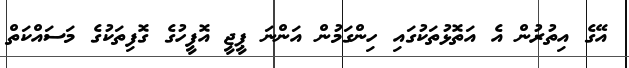
އޭގެ އިތުރުން އެ އަތޮޅުތަކުގައި ހިންގަމުން އަންނަ ޕީޖީ އޮފީހުގެ ގޮފިތަކުގެ މަސައްކަތް